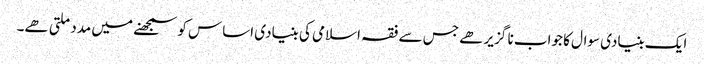
ایک بنیادی سوال کا جواب نا گزیر ھے جس سے فقہ اسلامی کی بنیادی اساس کو سمجھنے میں مدد ملتی ھے۔